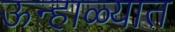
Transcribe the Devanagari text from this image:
ऊन्हाळ्यात